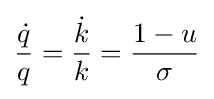
{\frac {\dot {q}}{q}}={\frac {\dot {k}}{k}}={\frac {1-u}{\sigma }}